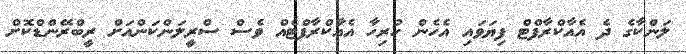
ލަންކާގެ ދެ އެއާކްރާފްޓް ފިޔަވައި އެހެން ހުރިހާ އެއާކްރާފްޓެއް ވެސް ސްރީލަންކަންއަށް ރީބްރޭންޑްކޮށް